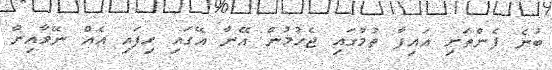
ބުނެ ފެންތަށި އައިފާ ތުމުގައި ޖެހުމުން އޭނާ އޭގައި ހިފައި އެއް ނޭވާއިން